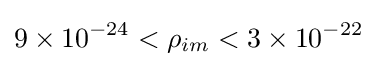
9\times 10^{-24}<\rho _{im}<3\times 10^{-22}